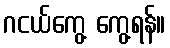
ဂငယ်ကွေ့ ကွေ့ရန်။